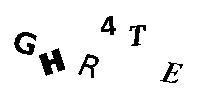
GHR4TE